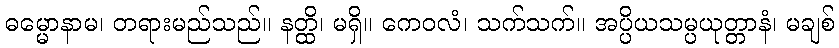
ဓမ္မောနာမ၊ တရားမည်သည်။ နတ္ထိ၊ မရှိ။ ကေဝလံ၊ သက်သက်။ အပ္ပိယသမ္ပယုတ္တာနံ၊ မချစ်